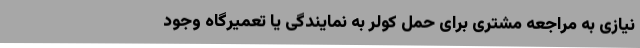
نیازی به مراجعه مشتری برای حمل کولر به نمایندگی یا تعمیرگاه وجود